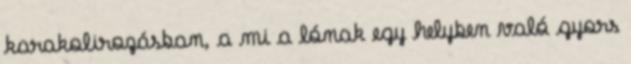
karakolirozásban, a mi a lónak egy helyben való gyors